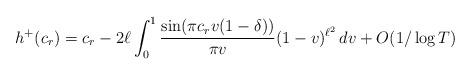
LaTeX: \begin{align*}h^+(c_r) = c_r -2\ell \int_{0}^{1}\frac{\sin(\pi c_r v(1-\delta))}{\pi v}(1-v)^{\ell^2}\,dv + O(1/\log T)\end{align*}